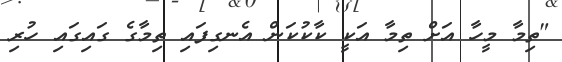
"ތިމާ މީހާ އަށް ތިމާ އަކީ ކާކުކަން އެނގިފައި ތިމާގެ ގައިގައި ހުރި